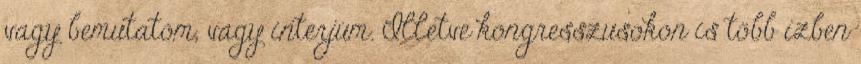
vagy bemutatóm, vagy interjúm. Illetve kongresszusokon is több ízben